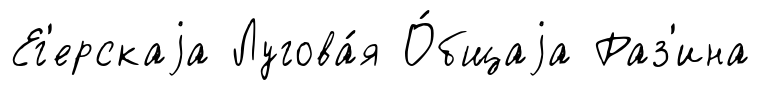
Ег'ерскаjа Лугова́я О́бщаjа Раз'ина